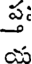
ప